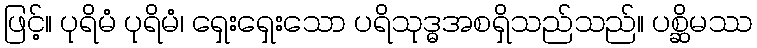
ဖြင့်။ ပုရိမံ ပုရိမံ၊ ရှေးရှေးသော ပရိသုဒ္ဓအစရှိသည်သည်။ ပစ္ဆိမဿ